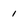
Character: 1